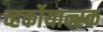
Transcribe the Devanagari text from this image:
व्हर्कोयान्स्क